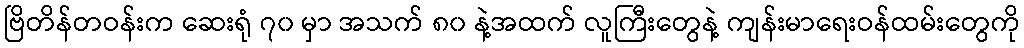
ဗြိတိန်တဝန်းက ဆေးရုံ ၇၀ မှာ အသက် ၈၀ နဲ့အထက် လူကြီးတွေနဲ့ ကျန်းမာရေးဝန်ထမ်းတွေကို